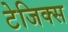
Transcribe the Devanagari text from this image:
टेजिक्स